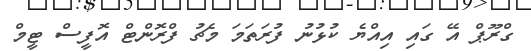
ގްރޫޕް އޭ ގައި އިއްޔެ ކުޅުނު ފުރަތަމަ މެޗު ފްރޮންޓް އޮފީސް ޓީމް